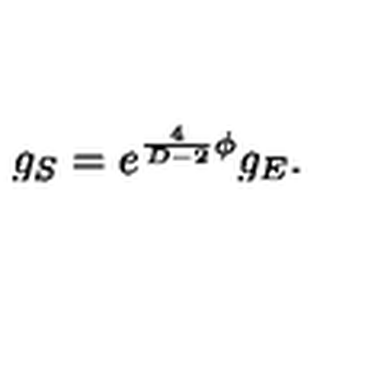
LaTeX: g _ { S } = e ^ { { \frac { 4 } { D - 2 } } \phi } g _ { E } .